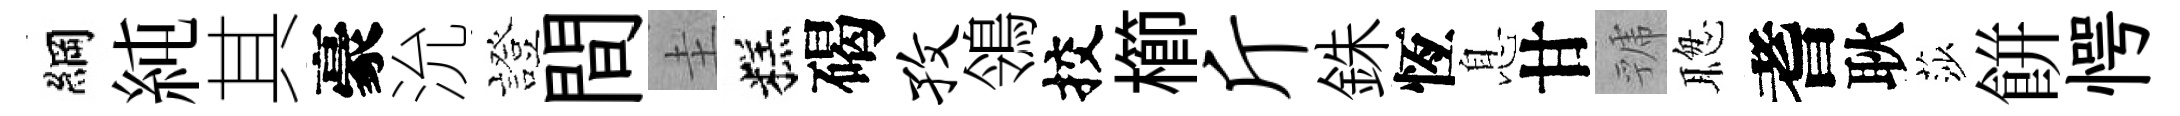
綱純其豪沇證間圭糕碣孜鴒挍櫛斤銖恆息甘虢聦耆耿莎餅愕